Lunatic asylums in Bengal annual reports 1912-1924 - 1912-1924
Year: 1912
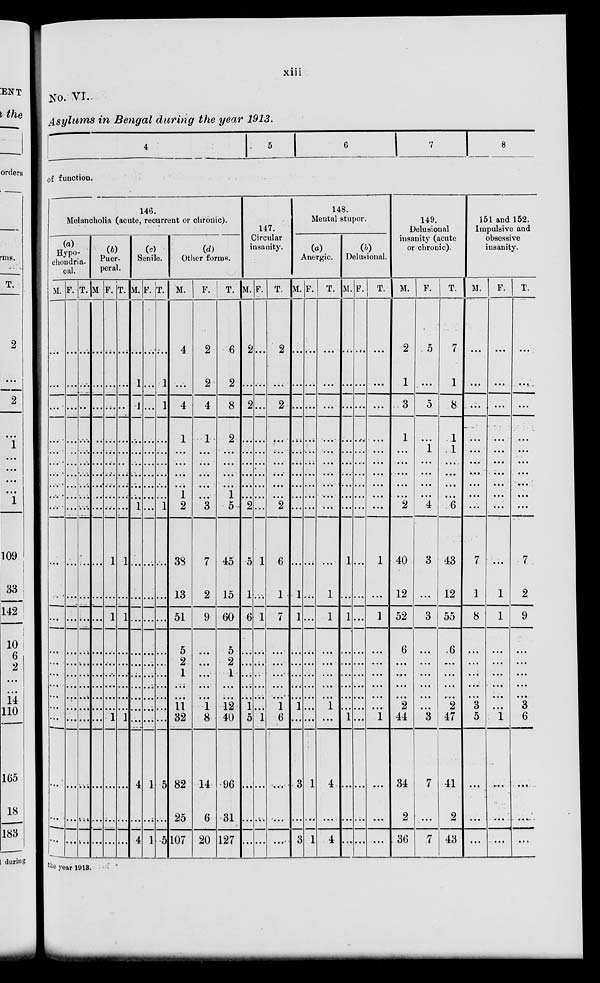
xiii
No. VI.
Asylums in Bengal during the year 1913.
4
5
6
7
8
of function.
146.
Melancholia (acute, recurrent or chronic).
(a)
Hypo-
chondrin-
cal.
M.
...
...
...
...
...
...
...
...
...
...
...
...
...
...
...
...
...
...
...
...
...
...
...
F.
...
...
...
...
...
...
...
...
...
...
...
...
...
...
...
...
...
...
...
...
...
...
...
T.
...
...
...
...
...
...
...
...
...
...
...
...
...
...
...
...
...
...
...
...
...
...
...
(b)
Puer-
peral.
M
...
...
...
...
...
...
...
...
...
...
...
...
...
...
...
...
...
...
...
...
...
...
...
F.
...
...
...
...
...
...
...
...
...
...
1
...
1
...
...
...
...
...
...
1
...
...
...
T.
...
...
...
...
...
...
...
...
...
...
1
...
1
...
...
...
...
...
...
1
...
...
...
(c)
Senile.
M.
...
1
1
...
...
...
...
...
...
1
...
...
...
...
...
...
...
...
...
...
4
...
4
F.
...
...
...
...
...
...
...
...
...
...
...
...
...
...
...
...
...
...
...
...
1
...
1
T.
...
1
1
...
...
...
...
...
...
1
...
...
...
...
...
...
...
...
...
...
5
...
5
(d)
Other forms.
M.
4
...
4
1
...
...
...
...
1
2
33
13
51
5
2
1
...
...
11
32
82
25
107
F.
2
2
4
1
...
...
...
...
...
3
7
2
9
...
...
...
...
...
1
8
14
6
20
T.
6
2
8
2
...
...
...
...
1
5
45
15
60
5
2
1
...
...
12
40
96
31
127
147.
Circular
insanity.
M.
2
...
2
...
...
...
...
...
...
2
5
1
6
...
...
...
...
...
1
5
...
...
...
F.
...
...
...
...
...
...
...
...
...
...
1
...
1
...
...
...
...
...
...
1
...
...
...
T.
2
...
2
...
...
...
...
...
...
2
6
1
7
...
...
...
...
...
1
6
...
...
...
148.
Meutal stupor.
(a)
Anergic.
M.
...
...
...
...
...
...
...
...
...
...
...
1
1
...
...
...
...
...
1
...
3
...
3
F
...
...
...
...
...
...
...
...
...
...
...
...
...
...
...
...
...
...
...
...
1
...
1
T.
...
...
...
...
...
...
...
...
...
...
...
1
1
...
...
...
...
...
1
...
4
...
4
(b)
Delusional.
M.
...
...
...
...
...
...
...
...
...
...
1
...
1
...
...
...
...
...
...
1
...
...
...
F.
...
...
...
...
...
...
...
...
...
...
...
...
...
...
...
...
...
...
...
...
...
...
...
T.
...
...
...
...
...
...
...
...
...
...
1
...
1
...
...
...
...
...
...
...
...
...
...
149.
Delusional
insanity (acute
or chronic).
M.
2
1
3
1
...
...
...
...
...
2
40
12
52
6
...
...
...
...
2
44
34
2
36
F.
5
...
5
...
1
...
...
...
...
4
3
...
3
...
...
...
...
...
...
3
7
...
7
T.
7
1
8
1
1
...
...
...
...
6
43
12
55
6
...
...
...
...
2
47
41
2
43
151 and 152.
Impulsive and
obsessive
insanity.
M.
...
...
...
...
...
...
...
...
...
...
7
1
8
...
...
...
...
...
3
5
...
...
...
F.
...
...
...
...
...
...
...
...
...
...
...
1
1
...
...
...
...
...
...
...
...
...
...
T.
...
...
...
...
...
...
...
...
...
...
7
2
9
...
...
...
...
...
3
6
...
...
...
the year 1918.